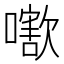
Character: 𡁍